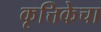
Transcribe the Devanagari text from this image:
कृत्तिकेचा